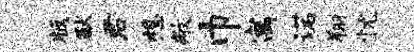
版猷君想敝巾寓诺翔忧